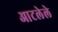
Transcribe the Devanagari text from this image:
आटलेले